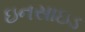
ઇનસાઇડ